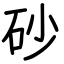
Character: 砂